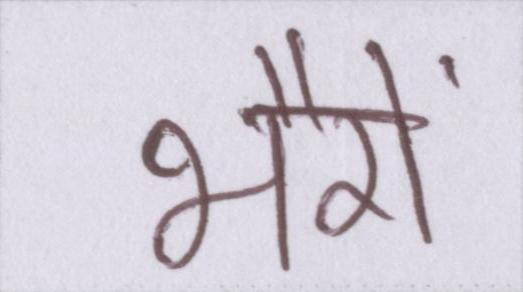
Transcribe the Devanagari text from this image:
भैरों